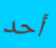
أحد